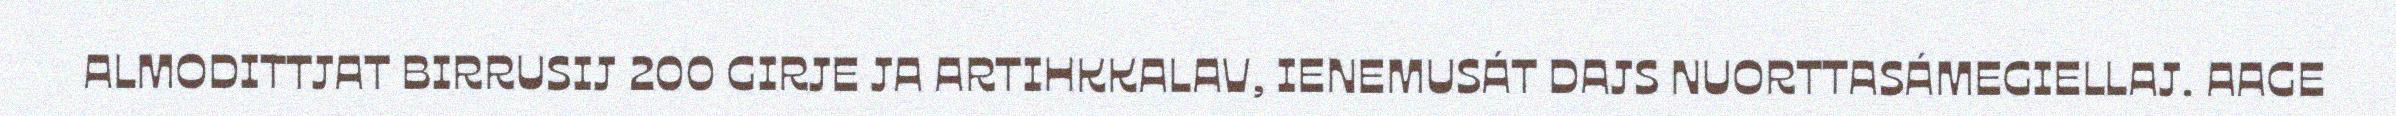
ALMODITTJAT BIRRUSIJ 200 GIRJE JA ARTIHKKALAV, IENEMUSÁT DAJS NUORTTASÁMEGIELLAJ. AAGE